Report on the working of the mental hospitals for Indians in Bihar and Orissa - 1925-1929
Year: 1925
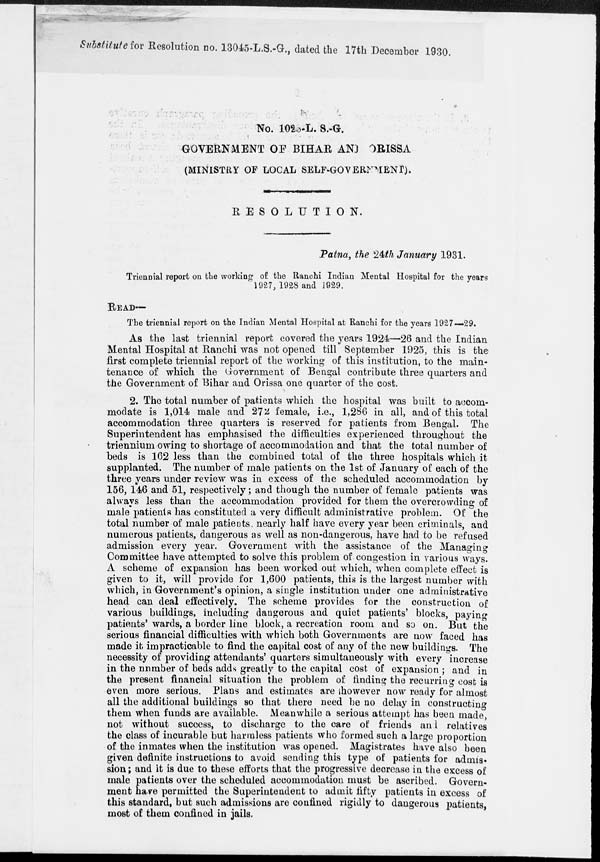
Substitute for Resolution no. 13045-L.S.-G., dated the 17th December 1930.
No. 1028-L. S.-G.
GOVERNMENT OF BIHAR AND ORISSA
(MINISTRY OF LOCAL SELF-GOVERNMENT).
RESOLUTION.
Patna, the 24th January 1931.
Triennial report on the working of the Ranchi Indian Mental Hospital for the years
1927, 1928 and 1929.
READ—
The triennial report on the Indian Mental Hospital at Ranchi for the years 1927—29.
As the last triennial report covered the years 1924—26 and the Indian
Mental Hospital at Ranchi was not opened till September 1925, this is the
first complete triennial report of the working of this institution, to the main-
tenance of which the Government of Bengal contribute three quarters and
the Government of Bihar and Orissa one quarter of the cost.
2. The total number of patients which the hospital was built to accom-
modate is 1,014 male and 272 female, i.e., 1,286 in all, and of this total
accommodation three quarters is reserved for patients from Bengal. The
Superintendent has emphasised the difficulties experienced throughout the
triennium owing to shortage of accommodation and that the total number of
beds is 162 less than the combined total of the three hospitals which it
supplanted. The number of male patients on the 1st of January of each of the
three years under review was in excess of the scheduled accommodation by
156, 146 and 51, respectively; and though the number of female patients was
always less than the accommodation provided for them the overcrowding of
male patients has constituted a very difficult administrative problem. Of the
total number of male patients, nearly half have every year been criminals, and
numerous patients, dangerous as well as non-dangerous, have had to be refused
admission every year. Government with the assistance of the Managing
Committee have attempted to solve this problem of congestion in various ways.
A scheme of expansion has been worked out which, when complete effect is
given to it, will provide for 1,600 patients, this is the largest number with
which, in Government's opinion, a single institution under one administrative
head can deal effectively. The scheme provides for the construction of
various buildings, including dangerous and quiet patients' blocks, paying
patients' wards, a border line block, a recreation room and so on. But the
serious financial difficulties with which both Governments are now faced has
made it impracticable to find the capital cost of any of the new buildings. The
necessity of providing attendants' quarters simultaneously with every increase
in the number of beds adds greatly to the capital cost of expansion ; and in
the present financial situation the problem of finding the recurring cost is
even more serious. Plans and estimates are however now ready for almost
all the additional buildings so that there need be no delay in constructing
them when funds are available. Meanwhile a serious attempt has been made,
not without success, to discharge to the care of friends and relatives
the class of incurable but harmless patients who formed such a large proportion
of the inmates when the institution was opened. Magistrates have also been
given definite instructions to avoid sending this type of patients for admis-
sion; and it is due to these efforts that the progressive decrease in the excess of
male patients over the scheduled accommodation must be ascribed. Govern-
ment have permitted the Superintendent to admit fifty patients in excess of
this standard, but such admissions are confined rigidly to dangerous patients,
most of them confined in jails.